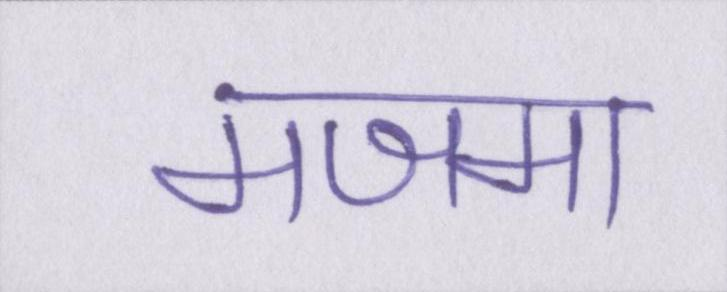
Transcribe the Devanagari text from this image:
मजमा